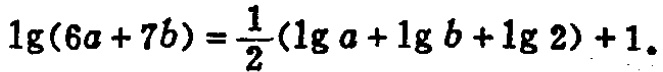
\(\lg(6a + 7b)=\frac{1}{2}(\lg a+\lg b+\lg 2)+1\)